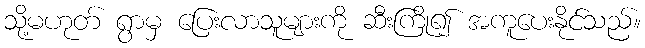
သို့မဟုတ် ရွာမှ ပြေးလာသူများကို ဆီးကြို၍ အကူပေးနိုင်သည်။